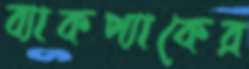
ব্যাকপ্যাকের